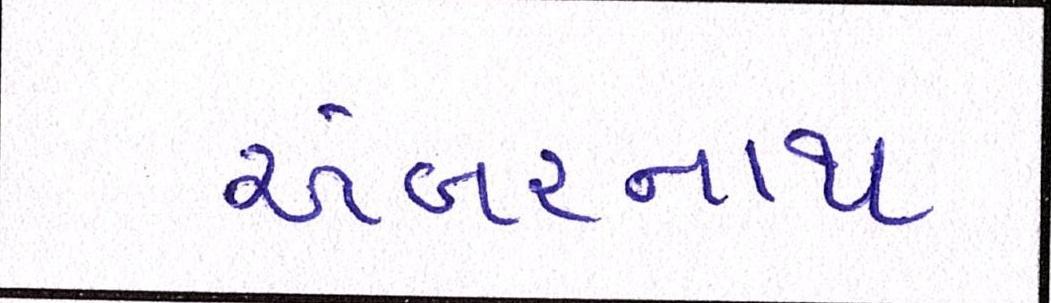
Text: અંબરનાથ